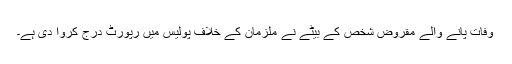
وفات پانے والے مقروض شخص کے بیٹے نے ملزمان کے خلاف پولیس میں رپورٹ درج کروا دی ہے۔